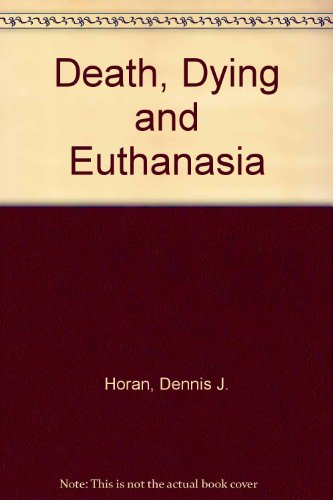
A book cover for Death, dying, and euthanasia; David (editors) Horan Dennis J. & Mall; Medical Books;